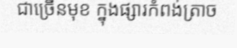
ជាច្រើនមុខ ក្នុងផ្សារកំពង់ត្រាច